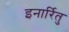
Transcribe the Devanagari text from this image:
इनार्रितु